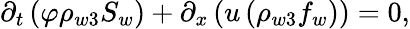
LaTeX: \begin{array}{r}{\partial_{t}\left(\varphi\rho_{w3}S_{w}\right)+\partial_{x}\left(u\left(\rho_{w3}f_{w}\right)\right)=0,}\end{array}